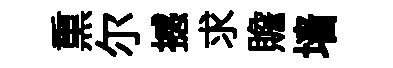
𤋱尔撼求贍墙